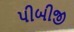
પીબીજી